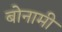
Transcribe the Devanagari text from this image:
बोनामी